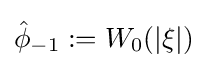
{\hat {\phi }}_{-1}:=W_{0}(\left|\xi \right|)